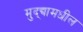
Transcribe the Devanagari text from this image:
मुद्द्यामधील